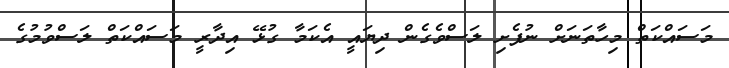
މަސައްކަތް މިހާތަނަށް ނުފެށި ލަސްވެގެން ދިޔައީ އެކަމާ ގުޅޭ އިދާރީ މަސައްކަތް ލަސްވުމުގެ